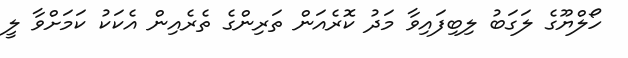
ހޯލްޔޫގެ ލަގަބު ލިބިފައިވާ މަދު ކޮރެއަން ތަރިންގެ ތެރެއިން އެކަކު ކަމަށްވާ ލީ